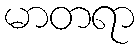
မာတရာ